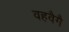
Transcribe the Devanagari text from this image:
वहवैगै